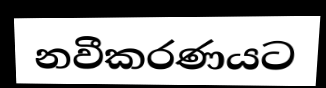
නවීකරණයට